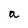
Character: a